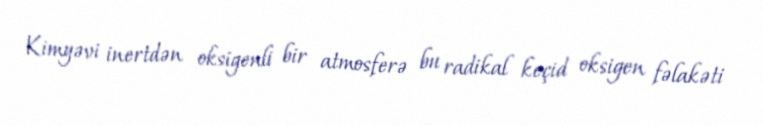
Kimyəvi inertdən oksigenli bir atmosferə bu radikal keçid oksigen fəlakəti